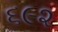
૬૯૨